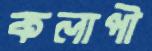
কলাপী